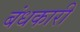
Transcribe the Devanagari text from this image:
बंधकारी